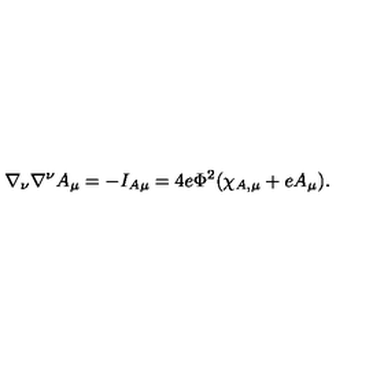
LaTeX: \nabla _ { \nu } \nabla ^ { \nu } A _ { \mu } = - I _ { A \mu } = 4 e \Phi ^ { 2 } ( \chi _ { A , \mu } + e A _ { \mu } ) .